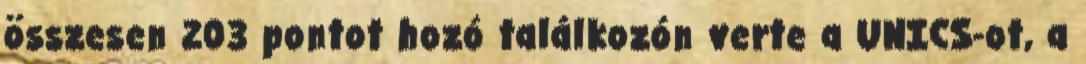
összesen 203 pontot hozó találkozón verte a UNICS-ot, a